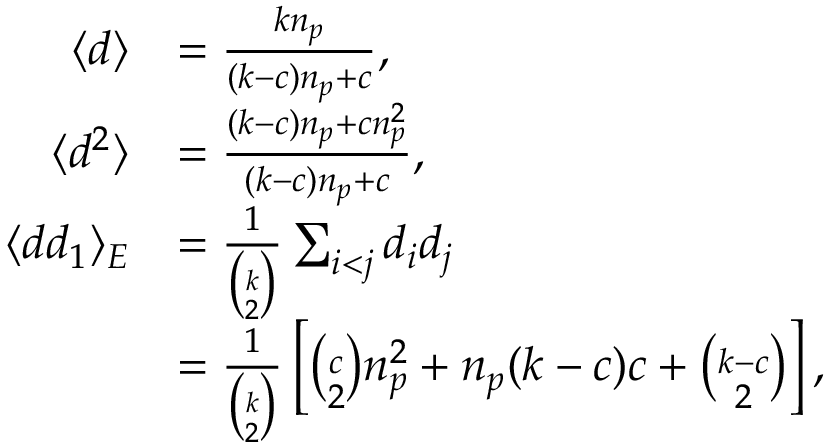
\begin{array} { r l } { \langle d \rangle } & { = \frac { k n _ { p } } { ( k - c ) n _ { p } + c } , } \\ { \langle d ^ { 2 } \rangle } & { = \frac { ( k - c ) n _ { p } + c n _ { p } ^ { 2 } } { ( k - c ) n _ { p } + c } , } \\ { \langle d d _ { 1 } \rangle _ { E } } & { = \frac { 1 } { \binom { k } { 2 } } \sum _ { i < j } d _ { i } d _ { j } } \\ & { = \frac { 1 } { \binom { k } { 2 } } \left[ \binom { c } { 2 } n _ { p } ^ { 2 } + n _ { p } ( k - c ) c + \binom { k - c } { 2 } \right] , } \end{array}